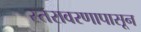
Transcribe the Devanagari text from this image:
स्तरावरणापासून